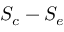
S _ { c } - S _ { e }